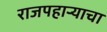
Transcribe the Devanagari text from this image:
राजपहार्‍याचा